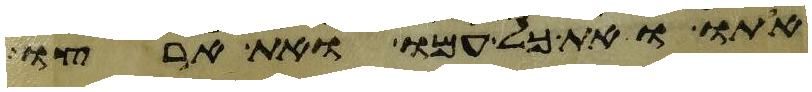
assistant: אתו ואת כל עמו ואת ארצו